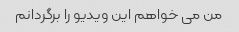
من می خواهم این ویدیو را برگردانم